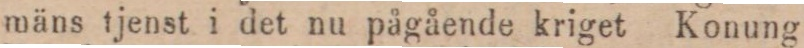
mäns tjenst i det nu pågående kriget Konung